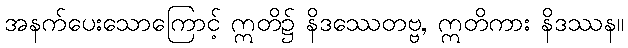
အနက်ပေးသောကြောင့် ဣတိ၌ နိဒဿေတဗ္ဗ, ဣတိကား နိဒဿန။